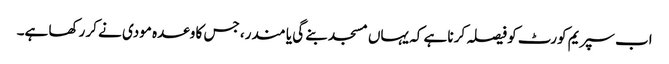
اب سپریم کورٹ کو فیصلہ کرنا ہے کہ یہاں مسجد بنے گی یا مندر، جس کا وعدہ مودی نے کر رکھا ہے۔